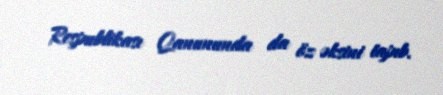
Respublikası Qanununda da öz əksini tapıb.